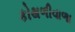
કોથળીવાળા